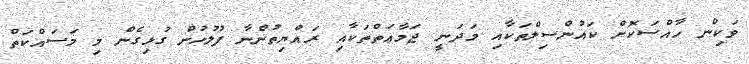
ވަކިން ހާއްސަކޮށް ކައުންސިލްތަކާއި މަދަނީ ޖަމާޢަތްތަކާއި ރައްޔިތުންނާ ފުލުހުން ގުޅިގެން މި މަސައްކަތް